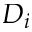
D _ { i }